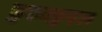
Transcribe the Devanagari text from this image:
कुरुम्कुष़ल